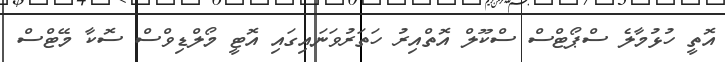
އޮތީ ހުޅުމާލެ ސްޕޯޓްސް ސްކޫލް އޮތްއިރު ހަތަރުވަނައިގައި އޮޓީ މޯލްޑިވްސް ސޮކާ މޭޓްސް